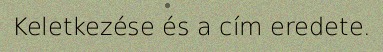
Keletkezése és a cím eredete.